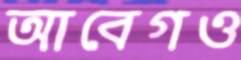
আবেগও